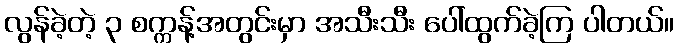
လွန်ခဲ့တဲ့ ၃ စက္ကန့်အတွင်းမှာ အသီးသီး ပေါ်ထွက်ခဲ့ကြ ပါတယ်။